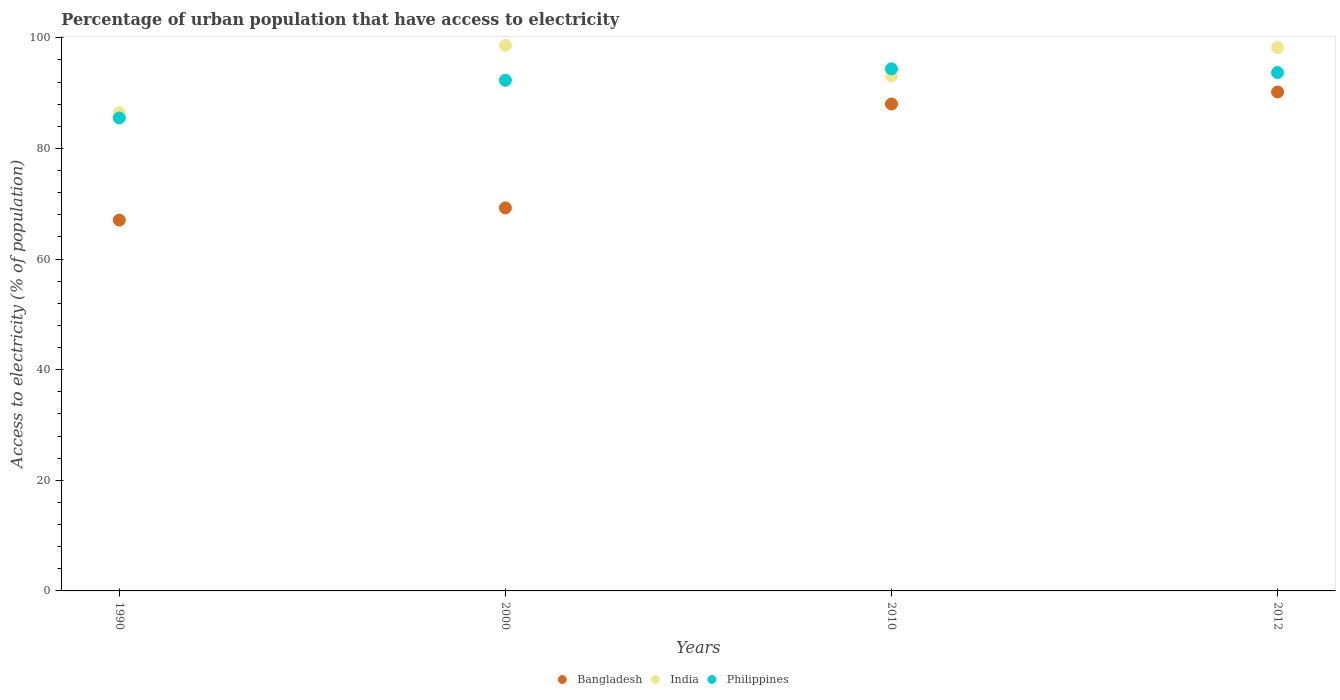
| Years | Bangladesh | India | Philippines |
 | --- | --- | --- | --- |
 | 1990 | 67 | 86.5 | 85.5 |
 | 2000 | 69.2 | 98.6 | 92.3 |
 | 2010 | 88 | 93.1 | 94.4 |
 | 2012 | 90.2 | 98.2 | 93.7 |